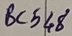
Text: BC548